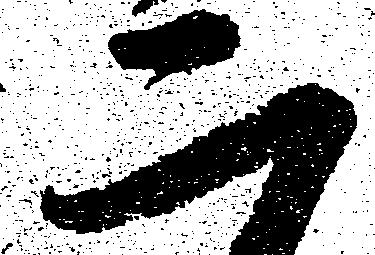
二